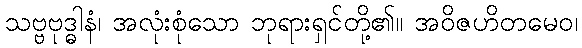
သဗ္ဗဗုဒ္ဓါနံ၊ အလုံးစုံသော ဘုရားရှင်တို့၏။ အဝိဇဟိတမေဝ၊